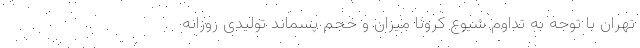
تهران با توجه به تداوم شیوع کرونا میزان و حجم پسماند تولیدی روزانه